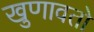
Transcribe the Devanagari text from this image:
खुणावतो